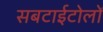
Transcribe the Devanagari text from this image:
सबटाईटोलों